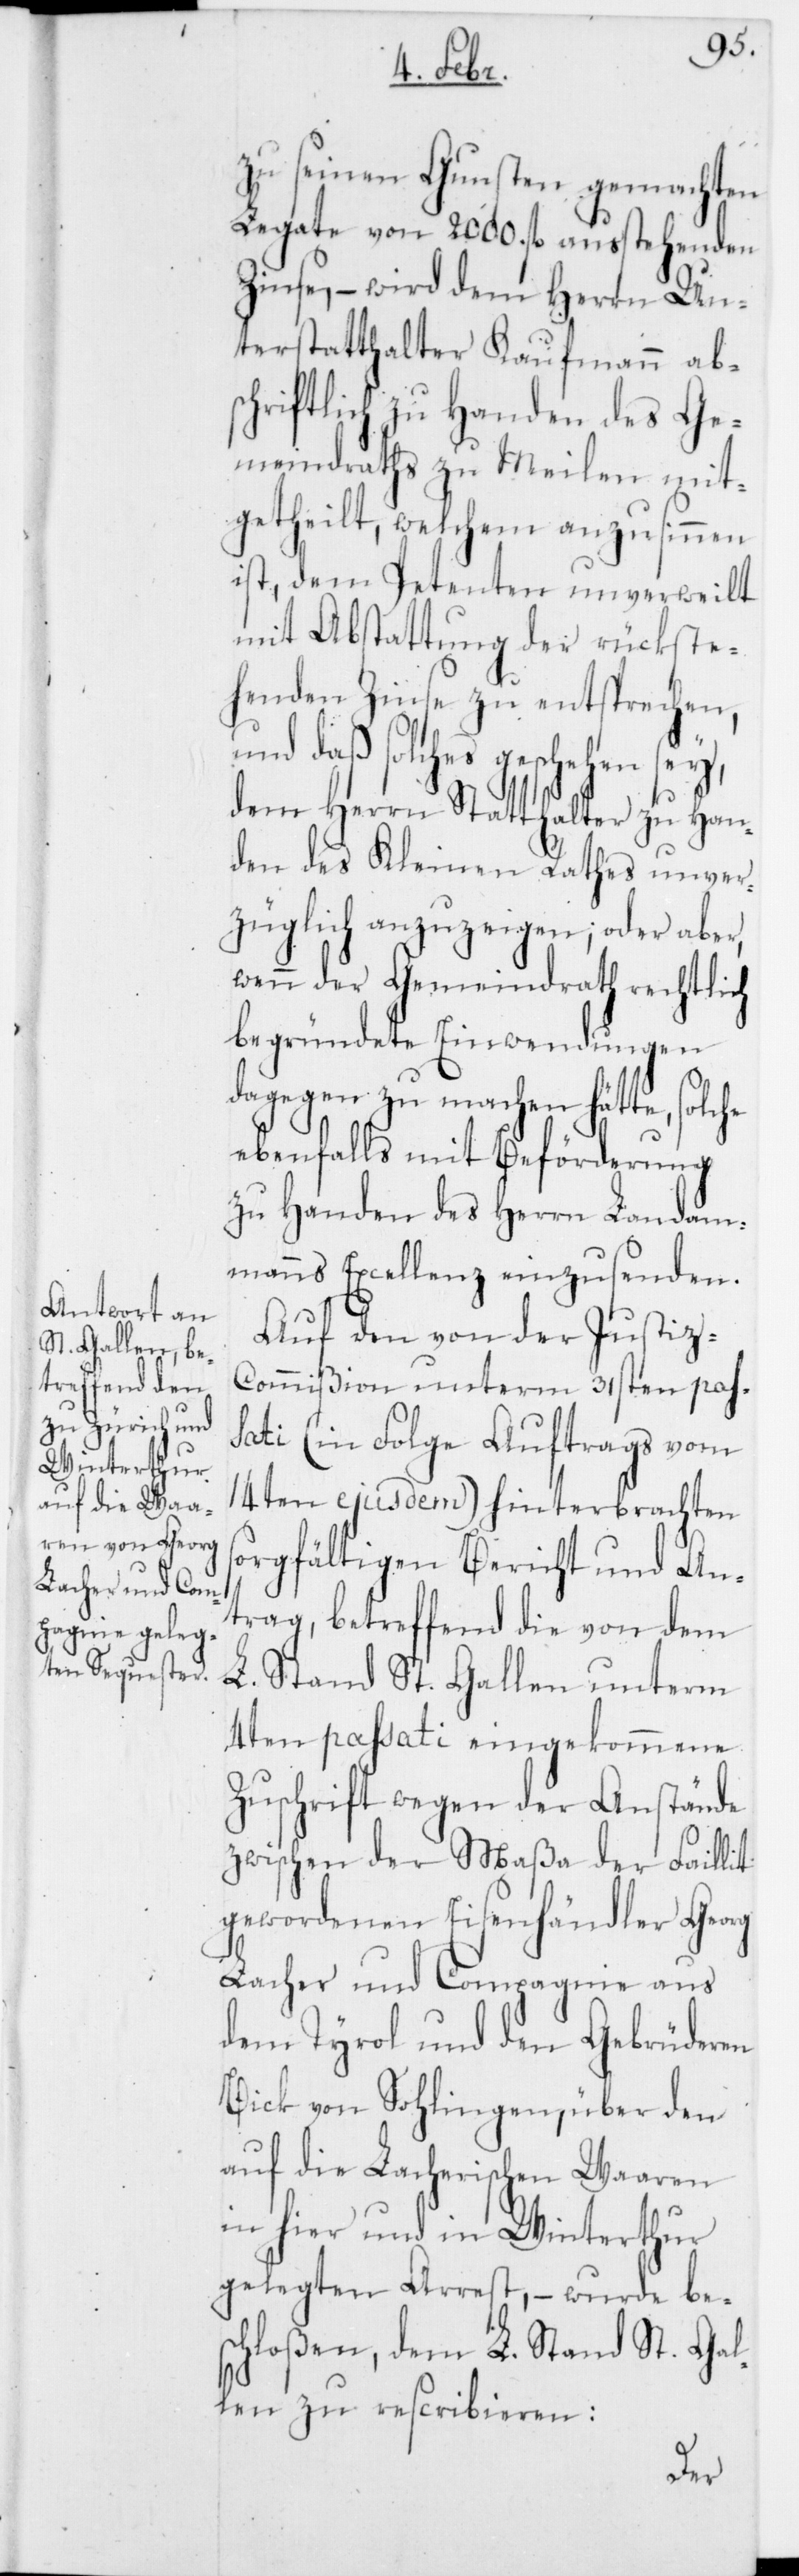
zu seinen Gunsten gemachten
Legate von 2000. fl. ausstehenden
Zinse, – wird dem Herrn Un¬
terstatthalter Kaufmann abs¬
chriftlich zu Handen des Ge¬
meindraths zu Meilen mit¬
getheilt, welchem anzusinnen
ist, dem Petenten unverweilt
mit Abstattung der rückste¬
henden Zinse zu entsprechen,
und daß solches geschehen sey,
dem Herrn Statthalter zu Han¬
den des Kleinen Rathes unver¬
züglich anzuzeigen; oder aber,
wenn der Gemeindrath rechtlich
begründete Einwendungen
dagegen zu machen hätte, solche
ebenfalls mit Beförderung
zu Handen des Herrn Landam¬
manns Excellenz einzusenden.
Auf den von der Justi¬
z-Commißion unterm 31sten pas¬
sati (in Folge Auftrags vom
14ten ejusdem) hinterbrachten
sorgfältigen Bericht und An¬
trag, betreffend die von dem
L. Stand St. Gallen unterm
4ten passati eingekommene
Zuschrift wegen der Anstände
zwischen der Maßa der Faillit
gewordenen Eisenhändler Georg
Lacher und Compagnie aus
dem Tyrol und den Gebrüderen
Bick von Sohlingen, über den
auf die Lacherischen Waaren
in hier und in Winterthur
gelegten Arrest, – wurde bes¬
chloßen, dem L. Stand St. Gal¬
len zu rescribieren: